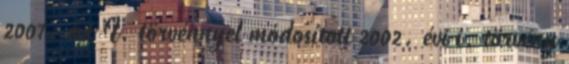
2007. évi I. törvénnyel módosított 2002. évi i. törvény